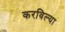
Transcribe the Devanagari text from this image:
करविल्या